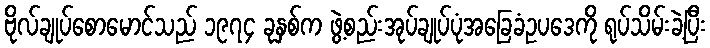
ဗိုလ်ချုပ်စောမောင်သည် ၁၉၇၄ ခုနှစ်က ဖွဲ့စည်းအုပ်ချုပ်ပုံအခြေခံဥပဒေကို ရုပ်သိမ်းခဲ့ပြီး